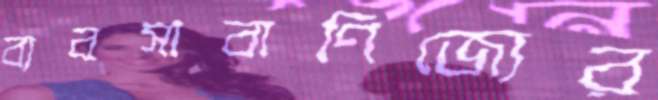
ব্যবসাবাণিজ্যের